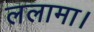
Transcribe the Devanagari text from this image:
ललामा।